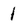
Character: 1